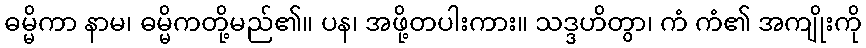
ဓမ္မိကာ နာမ၊ ဓမ္မိကတို့မည်၏။ ပန၊ အဖို့တပါးကား။ သဒ္ဒဟိတွာ၊ ကံ ကံ၏ အကျိုးကို